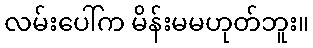
လမ်းပေါ်က မိန်းမမဟုတ်ဘူး။